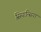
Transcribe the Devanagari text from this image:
सियान्सिया